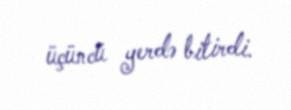
üçüncü yerdə bitirdi.